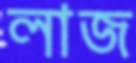
লাজ